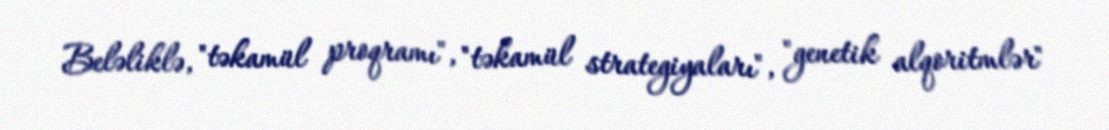
Beləliklə, "təkamül proqramı", "təkamül strategiyaları", "genetik alqoritmlər"